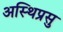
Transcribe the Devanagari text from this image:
अस्थिप्रसु